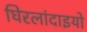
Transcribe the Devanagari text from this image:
घिरलांदाइयो